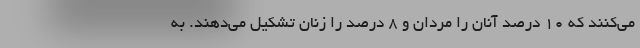
می‌کنند که ۱۰ درصد آنان را مردان و ۸ درصد را زنان تشکیل می‌دهند. به